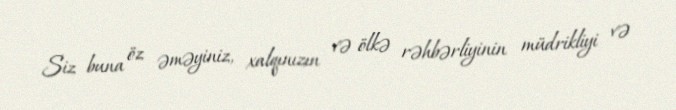
Siz buna öz əməyiniz, xalqınızın və ölkə rəhbərliyinin müdrikliyi və